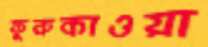
ফুরুকাওয়া